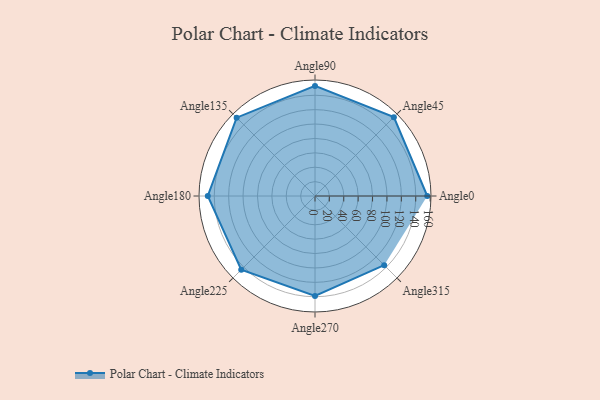
{"axis": {"x": "Angle", "y": "Radius"}, "legend": [""], "data": [{"x": "Angle0", "y": 156.0, "type": ""}, {"x": "Angle45", "y": 155.0, "type": ""}, {"x": "Angle90", "y": 153.0, "type": ""}, {"x": "Angle135", "y": 154.0, "type": ""}, {"x": "Angle180", "y": 149.0, "type": ""}, {"x": "Angle225", "y": 145.0, "type": ""}, {"x": "Angle270", "y": 139.0, "type": ""}, {"x": "Angle315", "y": 136.0, "type": ""}]}